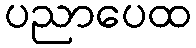
ပညာပေထ